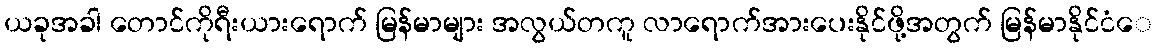
ယခုအခါ တောင်ကိုရီးယားရောက် မြန်မာများ အလွယ်တကူ လာရောက်အားပေးနိုင်ဖို့အတွက် မြန်မာနိုင်ငံေ